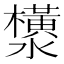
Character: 𬉟